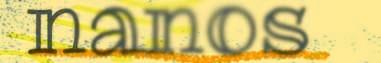
nanos